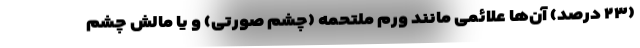
(۲۳ درصد) آن‌ها علائمی مانند ورم ملتحمه (چشم صورتی) و یا مالش چشم